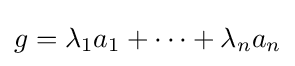
g=\lambda _{1}a_{1}+\dots +\lambda _{n}a_{n}